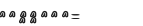
٩٠